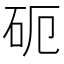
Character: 砈